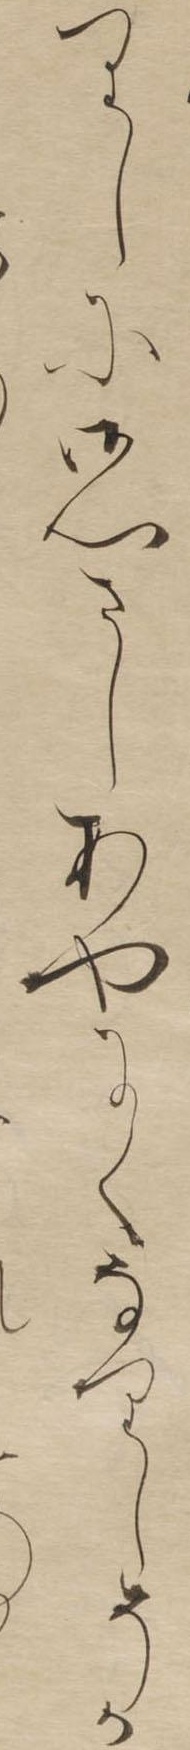
りしに御心さしあやにくなりしそか